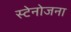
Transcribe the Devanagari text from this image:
स्टेनोजना